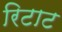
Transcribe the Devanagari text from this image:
रिटाट